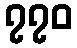
၇၇၀